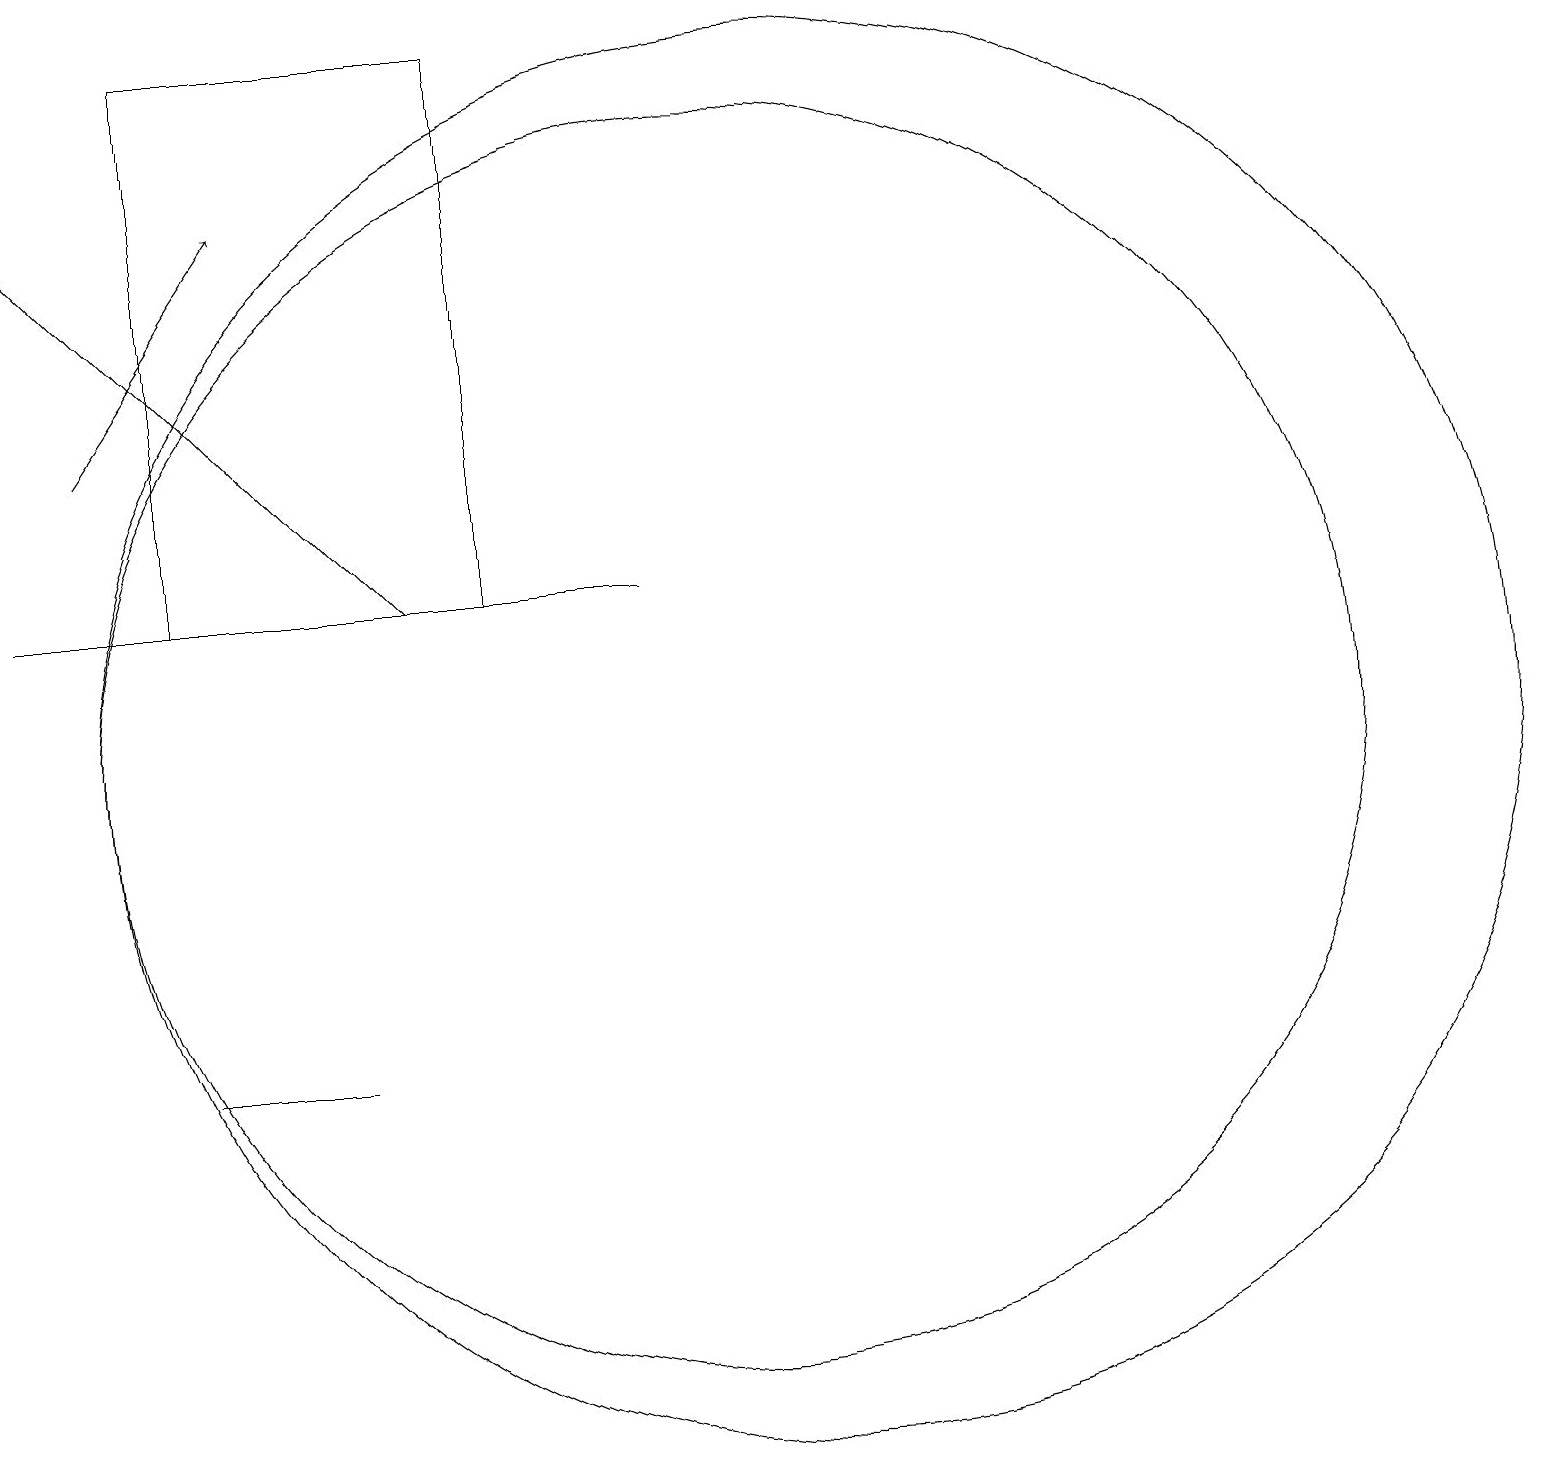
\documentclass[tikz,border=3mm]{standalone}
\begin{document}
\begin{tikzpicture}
\draw (5,6) -- (5,6) -- (3,6) -- cycle;
\draw (7,19) rectangle (3,12);
\draw (10,10) circle (8);
\draw[->] (2,14) -- (4,17);
\draw (11,10) circle (9);
\draw[->] (6,12) -- (1,17);
\draw (9,12) rectangle (1,12);
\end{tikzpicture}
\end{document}